King Institute of Preventive Medicine Micro-Biological Section reports 1909-11
Year: 1909
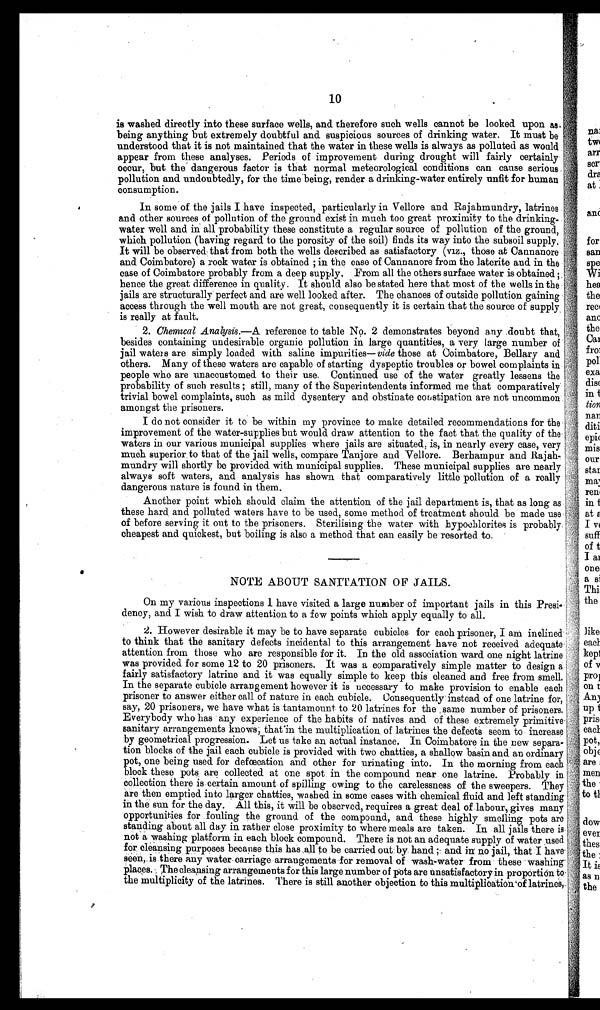
10
is washed directly into these surface wells, and therefore such wells cannot be looked upon as
being anything but extremely doubtful and. suspicious sources of drinking water. It must be
understood that it is not maintained that the water in these wells is always as polluted as would
appear from these analyses. Periods of improvement during drought will fairly certainly
occur, but the dangerous factor is that normal meteorological conditions can cause serious
pollution and undoubtedly, for the time being, render a drinking-water entirely unfit for human
consumption.
In some of the jails I have inspected, particularly in Vellore and Rajahmundry, latrines
and other sources of pollution of the ground exist in much too great proximity to the drinking
water well and in all probability these constitute a regular source of pollution of the ground,
which pollution (having regard to the porosity of the soil) finds its way into the subsoil supply.
It will be observed that from both the wells described as satisfactory (viz., those at Cannanoræ
and Coimbatore) a rock water is obtained ; in the case of Cannanore from the laterite and in the
case of Coimbatore probably from a deep supply. From all the others surface water is obtained ;
hence the great difference in quality. It should also be stated here that most of the wells in the
j ails are structurally perfect and are well looked after. The chances of outside pollution gaining
access through the well mouth are not great, consequently it is certain that the source of supply
is really at fault.
2. Chemical Analysis .—A reference to table No. 2 demonstrates beyond any doubt that,
besides containing undesirable organic pollution in large quantities, a very large number of
j ail waters are simply loaded with saline impurities— vide those at Coimbatore, Bellary and
others. Many of these waters are capable of starting dyspeptic troubles or bowel complaints in
people who are unaccustomed to their use. Continued use of the water greatly lessens the
probability of such results ; still, many of the Superintendents informed me that comparatively
trivial bowel complaints, such as mild dysentery and obstinate constipation are not uncommon
amongst the prisoners.
I do not consider it to be within my province to make detailed recommendations for the
improvement of the water-supplies but would draw attention to the fact that the quality of the
waters in our various municipal supplies where jails are situated, is, in nearly every case, very
much superior to that of the jail wells, compare Tanjore and Vellore. Berhampur and Rajah-
mundry will shortly be provided with municipal supplies. These municipal supplies are nearly
always soft waters, and analysis has shown that comparatively little pollution of a really
dangerous nature is found in them.
Another point which should claim the attention of the jail department is, that as long as
these hard and polluted waters have to be used, some method of treatment should be made use
of before serving it out to the prisoners. Sterilising the water with hypochlorites is probably
cheapest and quickest, but boiling is also a method that can easily be resorted to.
NOTE ABOUT SANITATION OF JAILS.
On my various inspections I have visited a large number of important jails in this
Presidency, and I wish to draw attention to a few points which apply equally to all.
2. However desirable it may be to have separate cubicles for each prisoner, I am inclined
to think that the sanitary defects incidental to this arrangement have not received adequate
attention from those who are responsible for it. In the old association ward one night latrine
was provided for some 12 to 20 prisoners. It was a comparatively simple matter to design
fairly satisfactory latrine and it was equally simple to keep this cleaned and free from smell.
In the separate cubicle arrangement however it is necessary to make provision to enable each
prisoner to answer either call of nature in each cubicle. Consequently . instead of one latrine for,
say, 20 prisoners, we have what is tantamount to 20 latrines for the same number of prisoners.
Everybody who has 'any experience of the habits of natives and of these extremely primitive
sanitary arrangements knows, that'in the multiplication of latrines the defects seem to increase
by geometrical progression. Let us take an actual instance. In Coimbatore in the new separa
tion blocks of the jail each cubicle is provided with two chatties, a shallow basin and an ordinal-
pot, one being used for defœcation and other for urinating into. In the morning from each
block these pots are collected at one spot in the compound near one latrine. Probably in
c o l l e c t i o n t h e r e i s c e r t a i n a m o u n t o f s p i l l i n g o w i n g t o t h e c a r e l e s s n e s s o f t h e s w e e p e r s . T h e y
are then emptied into larger chatties, washed in some cases with chemical fluid and left standing
in the sun for the day. All this, it will be observed, requires a great deal of labour, gives man:
opportunities for fouling the ground of the compound, and these highly smelling pots ar
standing about all day in rather close proximity to whore meals are taken. In all jails there i
not a washing platform in each block compound. There is not an adequate supply of water used
for cleansing purposes because this has all to be carried out by hand ; and in no jail, that I
h a v e s e e n , i s t h e r e a n y w a t e r c a r r i a g e a r r a n g e m e n t s f o r r e m o v a l o f w a s h - w a t e r f r o m t h e s e w a s h i n g
laces. The cleansing arrangements for this large number of pots are unsatisfactory in proportion to
the multiplicity of the latrines. There is still another objection to this multiplication of l at r i nes ,